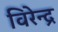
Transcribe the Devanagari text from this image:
विरेन्‍द्र